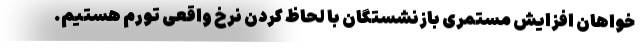
خواهان افزایش مستمری بازنشستگان با لحاظ کردن نرخ واقعی تورم هستیم.